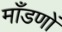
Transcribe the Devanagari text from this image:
माँडणों